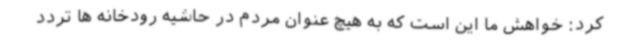
کرد: خواهش ما این است که به هیچ عنوان مردم در حاشیه رودخانه ها تردد